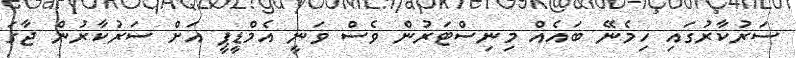
ސަރުކާރުގައި ހިމެނޭ ބައެއް މިނިސްޓަރުން ވެސް ވަނީ އެމްޑީޕީ އަށް ސަރުކާރުން ޖާގަ